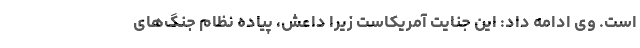
است. وی ادامه داد: این جنایت آمریکاست زیرا داعش، پیاده نظام جنگ‌های